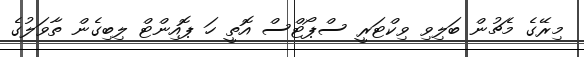
މިރޭގެ މެޗުން ބަލިވި ވިކްޓަރީ ސްޕޯޓްސް އޮތީ ހަ ޕޮއިންޓް ލިބިގެން ތާވަލުގެ